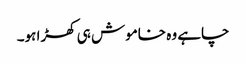
چاہے وہ خاموش ہی کھڑا ہو۔